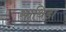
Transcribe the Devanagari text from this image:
साथिडा